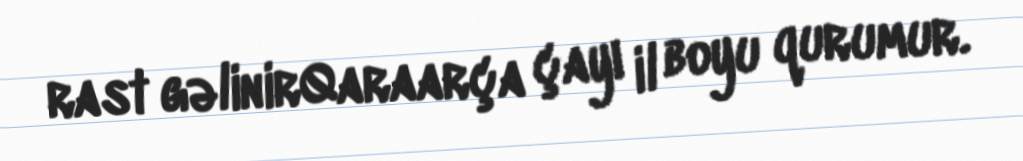
rast gəlinirQaraarça çayı il boyu qurumur.